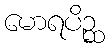
မောရပိဉ္ဆ